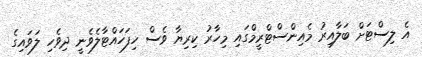
އެ ލިސްޓަށް ބަލާއިރު މެއިންސްޓްރީމްގައި މިހާރު ކިރިޔާ ވެސް ހިފަހައްޓާލެވެނީ ދިވެހި ލަވައިގެ